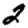
Digit: 2